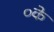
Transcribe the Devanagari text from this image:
०के